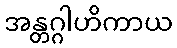
အန္တဂ္ဂါဟိကာယ